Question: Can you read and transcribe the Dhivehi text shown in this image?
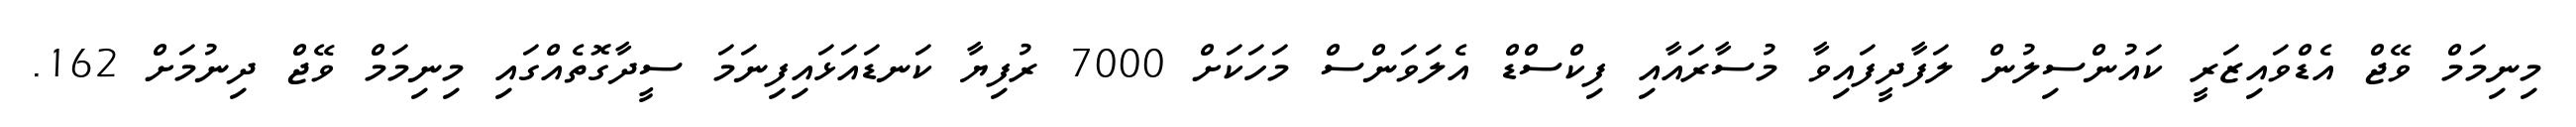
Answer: މިނިމަމް ވޭޖް އެޑްވައިޒަރީ ކައުންސިލުން ލަފާދީފައިވާ މުސާރައާއި ފިކްސްޑް އެލަވަންސް މަހަކަށް 7000 ރުފިޔާ ކަނޑައަޅައިފިނަމަ ސީދާގޮތެއްގައި މިނިމަމް ވޭޖް ދިނުމަށް 162.